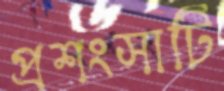
প্রশংসাটি